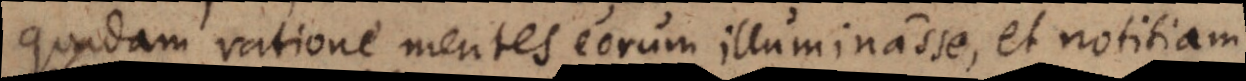
quadam ratione mentes eorum illuminasse, et notitiam